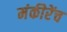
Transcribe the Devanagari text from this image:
मंकीरेंच